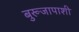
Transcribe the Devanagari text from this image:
बुरूजापाशी